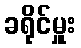
ခရိုင်မှူး